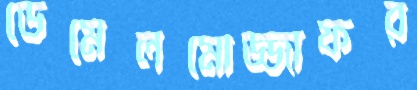
ডেমেলমোজ্জাফর